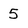
Character: 5